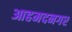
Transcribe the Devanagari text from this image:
आहमदनगर